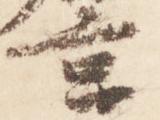
宮